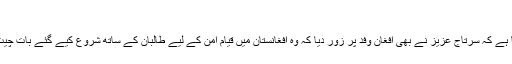
‘‘
دفترخارجہ کے ذرائع کا کہنا ہے کہ سرتاج عزیز نے بھی افغان وفد پر زور دیا کہ وہ افغانستان میں قیام امن کے لیے طالبان کے ساتھ شروع کیے گئے بات چیت کے عمل کو جاری رکھیں۔